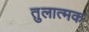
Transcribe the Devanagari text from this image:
तुलात्मक